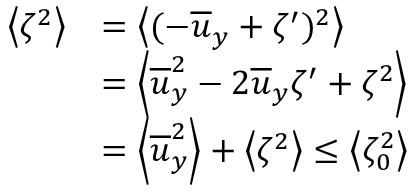
\begin{array} { r l } { \left< \zeta ^ { 2 } \right> } & { = \left< ( - \overline { { u } } _ { y } + \zeta ^ { \prime } ) ^ { 2 } \right> } \\ & { = \left< \overline { { u } } _ { y } ^ { 2 } - 2 \overline { { u } } _ { y } \zeta ^ { \prime } + \zeta ^ { 2 } \right> } \\ & { = \left< \overline { { u } } _ { y } ^ { 2 } \right> + \left< \zeta ^ { 2 } \right> \leq \left< \zeta _ { 0 } ^ { 2 } \right> } \end{array}